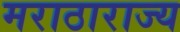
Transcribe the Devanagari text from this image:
मराठाराज्य